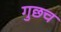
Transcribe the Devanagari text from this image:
गुछच